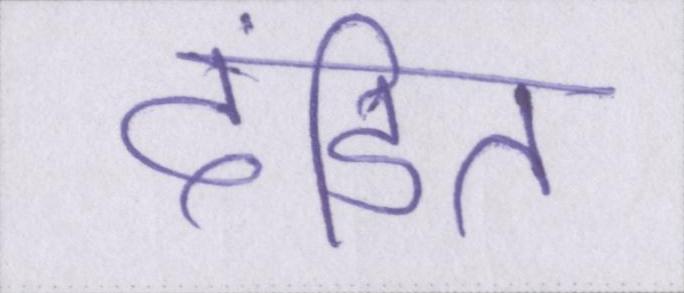
दंडित